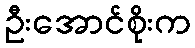
ဦးအောင်စိုးက